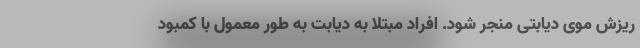
ریزش موی دیابتی منجر شود. افراد مبتلا به دیابت به طور معمول با کمبود